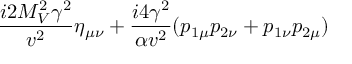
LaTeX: \frac { i 2 M _ { V } ^ { 2 } \gamma ^ { 2 } } { v ^ { 2 } } \eta _ { \mu \nu } + \frac { i 4 \gamma ^ { 2 } } { \alpha v ^ { 2 } } ( p _ { 1 \mu } p _ { 2 \nu } + p _ { 1 \nu } p _ { 2 \mu } )